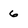
Character: 6